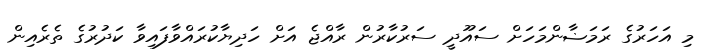
މި އަހަރުގެ ރަމަޟާންމަހަށް ސައޫދީ ސަރުކާރުން ރާއްޖެ އަށް ހަދިޔާކުރައްވާފައިވާ ކަދުރުގެ ތެރެއިން